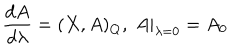
LaTeX: \frac { d A } { d \lambda } = ( X , A ) _ { Q } , \; \left. A \right| _ { \lambda = 0 } = A _ { 0 }